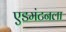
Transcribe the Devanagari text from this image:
एडमंटनला